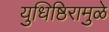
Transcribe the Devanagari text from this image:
युधिष्ठिरामुळे